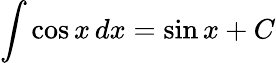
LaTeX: \int\cos{x}\, dx=\sin{x}+C